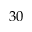
3 0